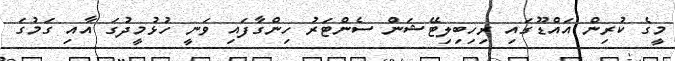
މީގެ ކުރިން އައްޑޫގައި ރިހިބިލިޓޭޝަން ސެންޓަރު ހިންގާފައި ވަނީ ހުޅުމީދުގަ އާއި ގަމުގަ